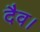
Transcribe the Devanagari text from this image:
दैव।